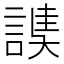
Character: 䜁